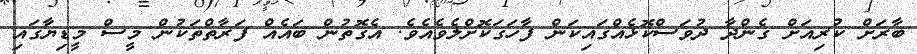
ބާރަށް ކުރިއަށް ގެންދާ ދުވަސްކޮޅެއްގައިކަން ފާހަގަކޮށްލެވެއެވެ. އެގޮތުން ބައެއް ފަރާތްތަކުން މީސް މީޑިޔާގައި